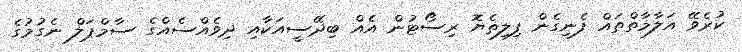
ކުރެވޭ އަލާމާތްތައް ފެނިގެން ފިލިތެޔޮ ރިސޯޓުން އެއް ބިދޭސީއަކާއި ދިވެއްސެއްގެ ސާމްޕަލް ނެގުމުގެ